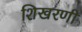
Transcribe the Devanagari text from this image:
शिखरणी